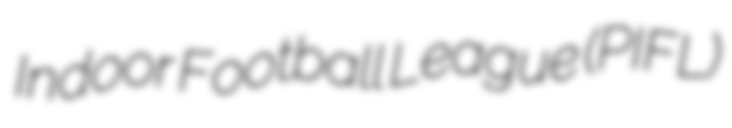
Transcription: Indoor Football League (PIFL)